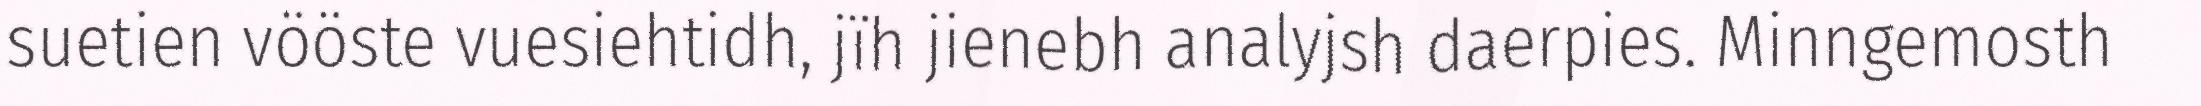
suetien vööste vuesiehtidh, jïh jienebh analyjsh daerpies. Minngemosth